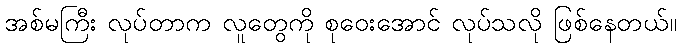
အစ်မကြီး လုပ်တာက လူတွေကို စုဝေးအောင် လုပ်သလို ဖြစ်နေတယ်။